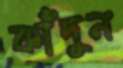
কাঁদুন